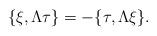
LaTeX: \begin{align*} \{\xi,\Lambda\tau\}=-\{\tau,\Lambda\xi\} .\end{align*}